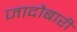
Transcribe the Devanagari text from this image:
जादौबारी